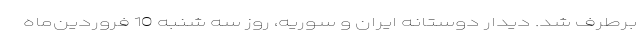
برطرف شد. دیدار دوستانه ایران و سوریه، روز سه شنبه 10 فروردین‌ماه